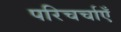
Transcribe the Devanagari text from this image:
परिचर्चाएँ